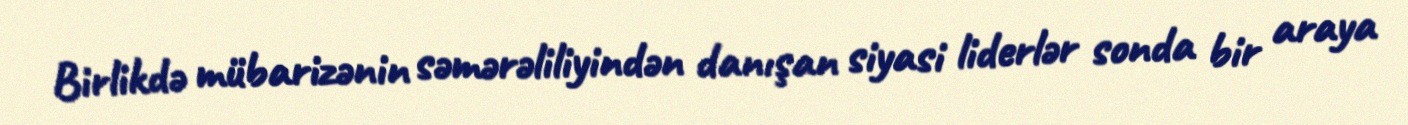
Birlikdə mübarizənin səmərəliliyindən danışan siyasi liderlər sonda bir araya